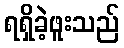
ရရှိခဲ့ဖူးသည်